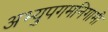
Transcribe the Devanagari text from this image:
अभ्युपगमनिगामी